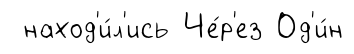
наход'и́л'ись Че́р'ез Од'и́н